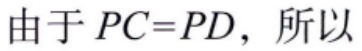
由于 \(PC = PD\)，所以